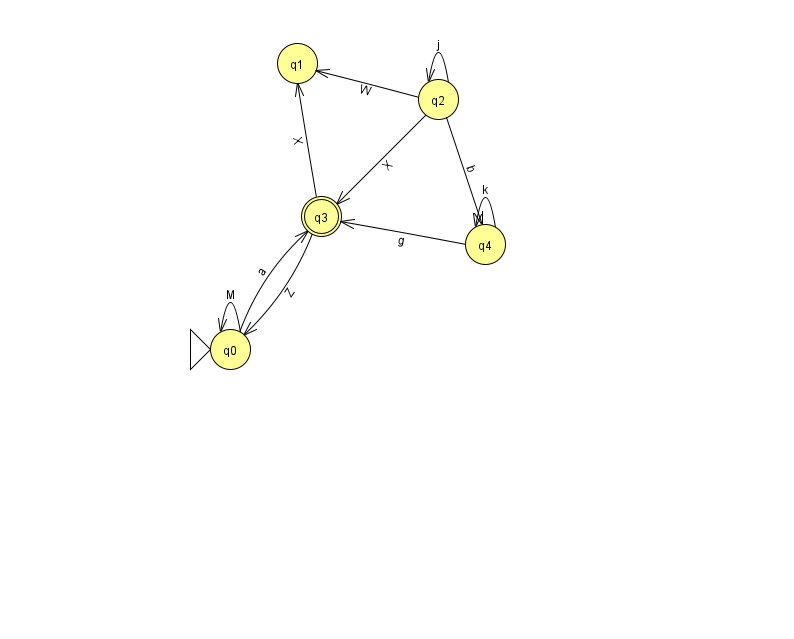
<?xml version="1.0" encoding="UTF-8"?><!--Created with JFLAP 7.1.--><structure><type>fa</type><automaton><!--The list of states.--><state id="0" name="q0"><x>230.0</x><y>336.0</y><initial/></state><state id="1" name="q1"><x>297.0</x><y>50.0</y></state><state id="2" name="q2"><x>438.0</x><y>86.0</y></state><state id="3" name="q3"><x>321.0</x><y>203.0</y><final/></state><state id="4" name="q4"><x>485.0</x><y>231.0</y></state><!--The list of transitions.--><transition><from>2</from><to>3</to><read>X</read></transition><transition><from>0</from><to>3</to><read>a</read></transition><transition><from>2</from><to>4</to><read>b</read></transition><transition><from>3</from><to>0</to><read>Z</read></transition><transition><from>2</from><to>2</to><read>j</read></transition><transition><from>4</from><to>3</to><read>g</read></transition><transition><from>2</from><to>1</to><read>W</read></transition><transition><from>4</from><to>4</to><read>k</read></transition><transition><from>0</from><to>0</to><read>M</read></transition><transition><from>3</from><to>1</to><read>X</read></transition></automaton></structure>